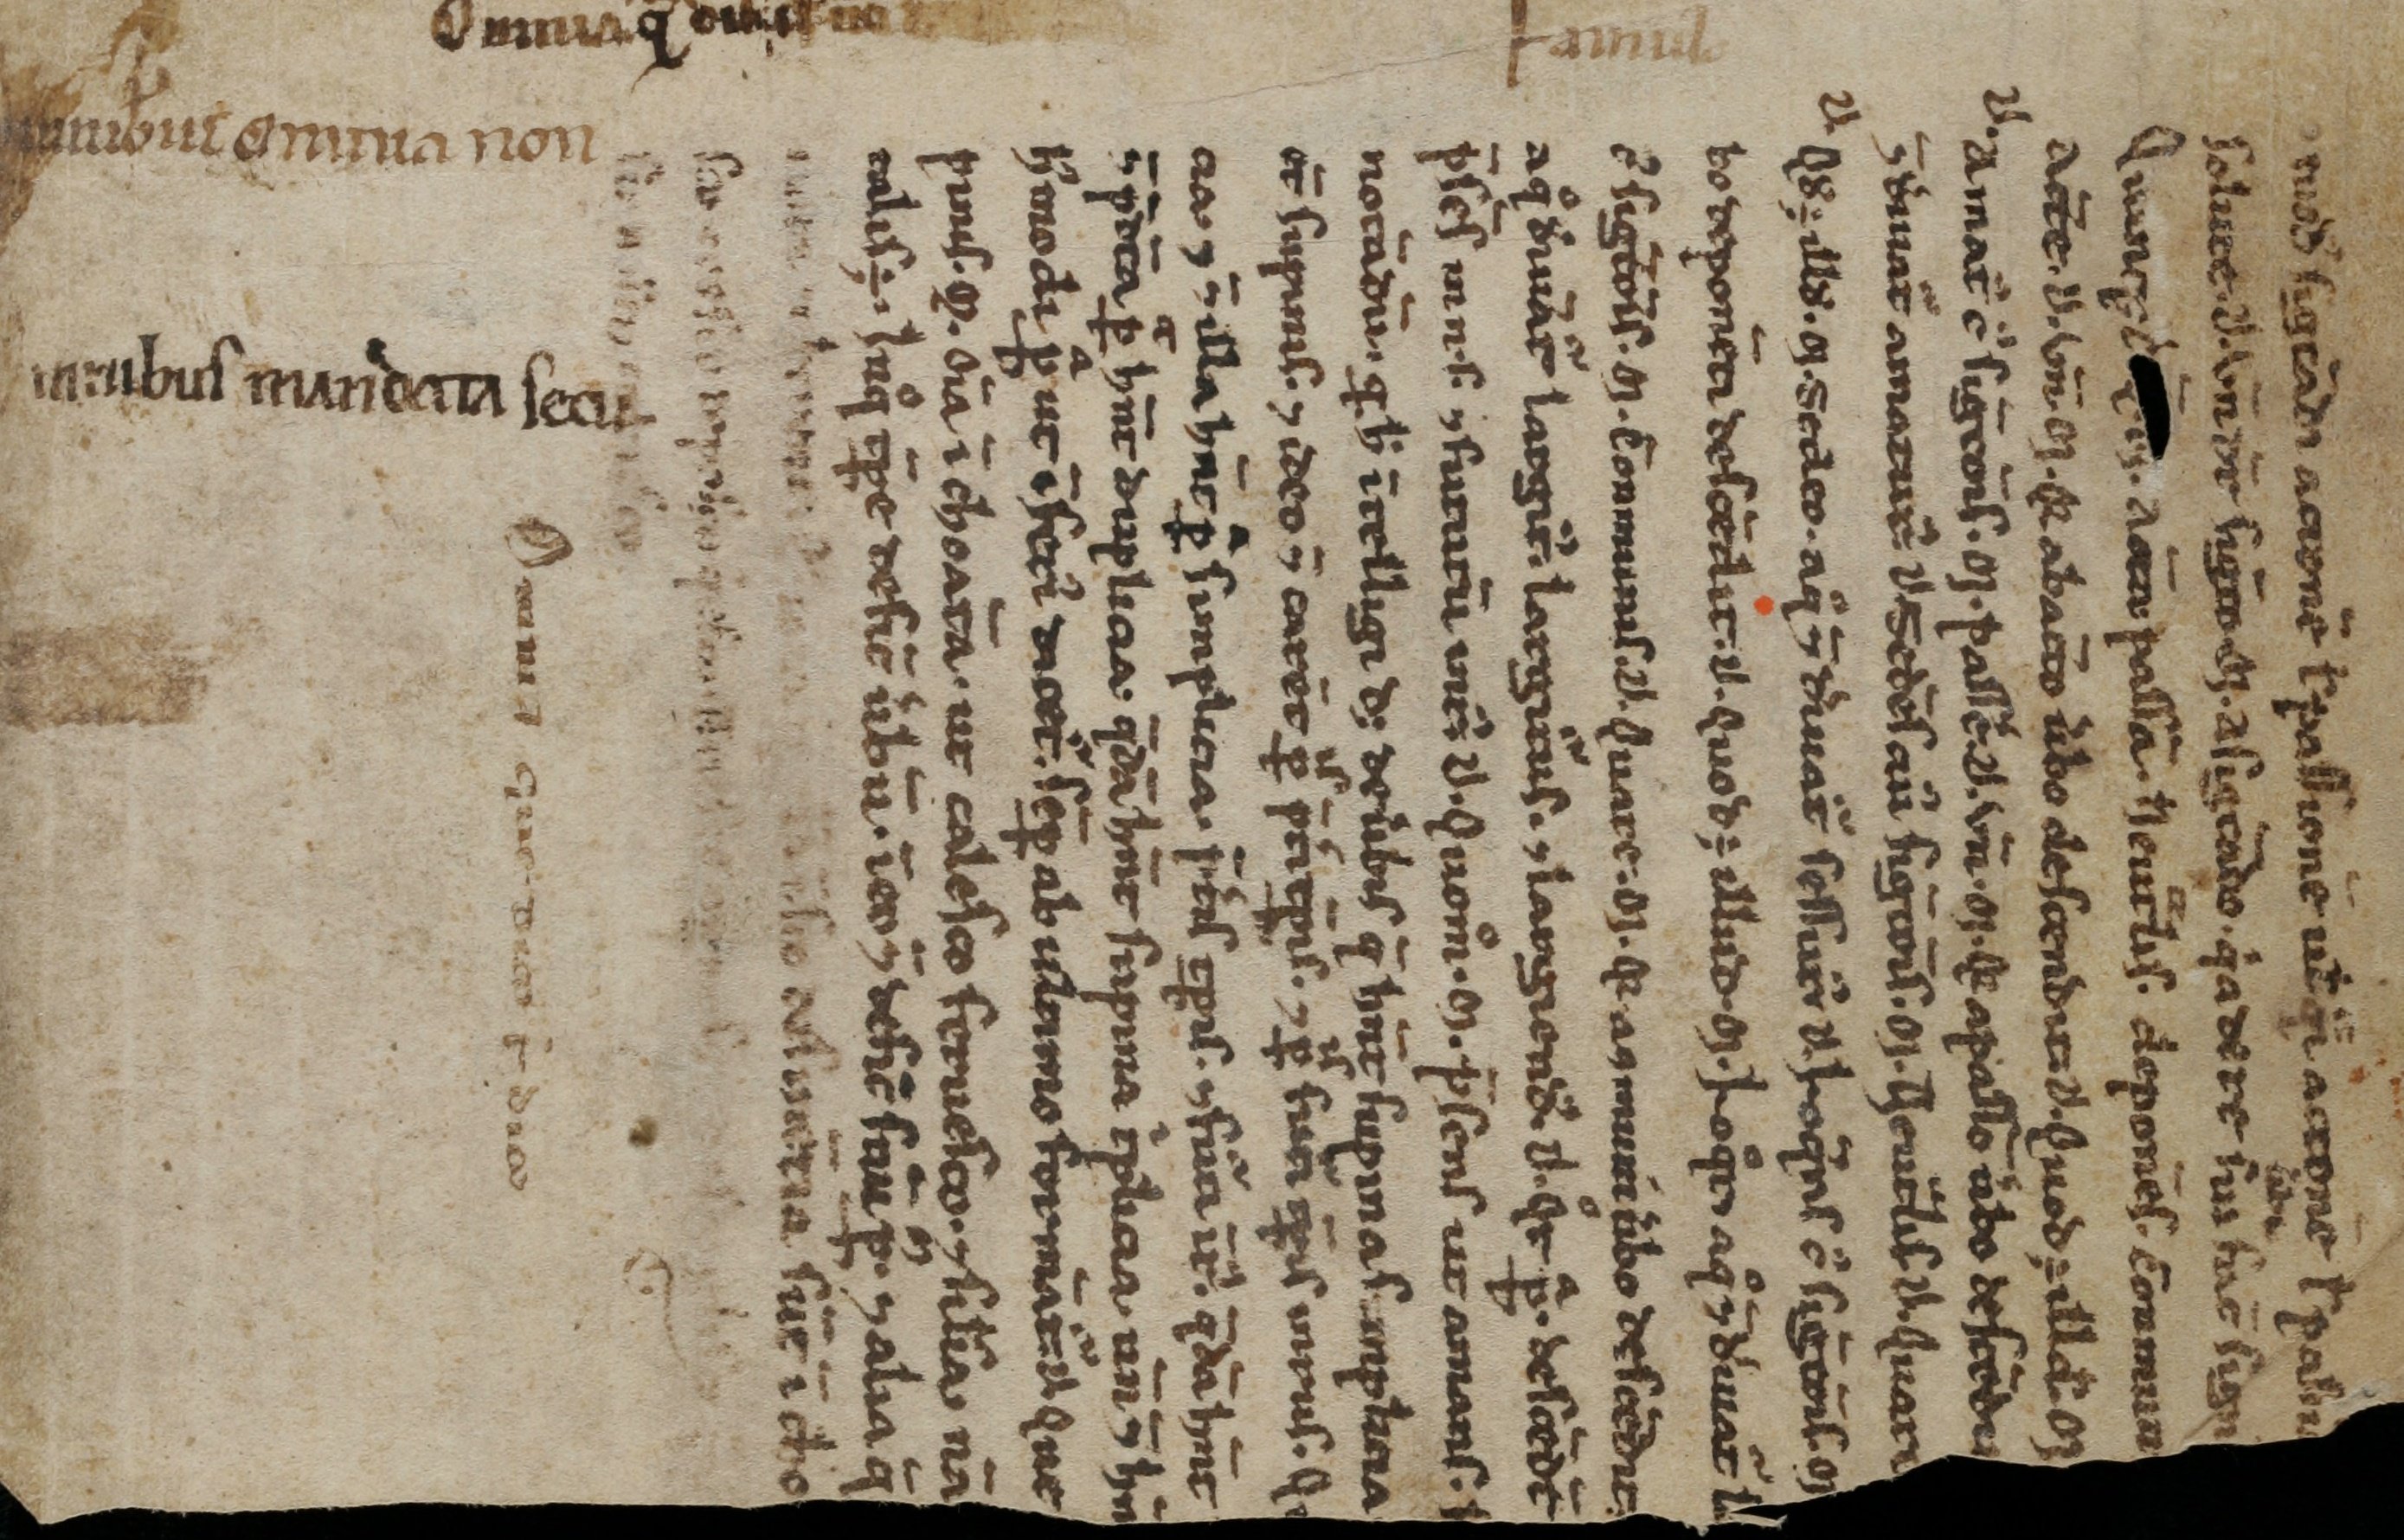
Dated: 1100–1199